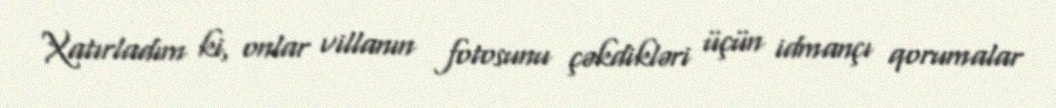
Xatırladım ki, onlar villanın fotosunu çəkdikləri üçün idmançı qorumalar